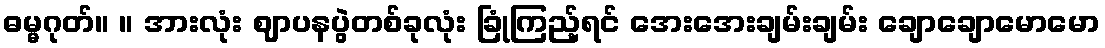
ဓမ္မဂုတ်။ ။ အားလုံး ဈာပနပွဲတစ်ခုလုံး ခြုံကြည့်ရင် အေးအေးချမ်းချမ်း ချောချောမောမော